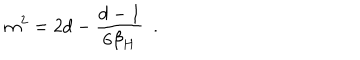
m ^ { 2 } = 2 d - { \frac { d - 1 } { 6 \beta _ { H } } } ~ ~ .